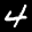
Label: 4